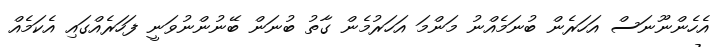
އެހެންނޫނަސް އަހަރެން ބުނަމެއްނު މަންމަ އަހަރުމެން ގާތު ބުނަން ބޭނުންނުވަނީ ފަހަރެއްގައި އެކަމެއް